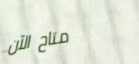
متاح الآن